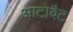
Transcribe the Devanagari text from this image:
आटोबैट